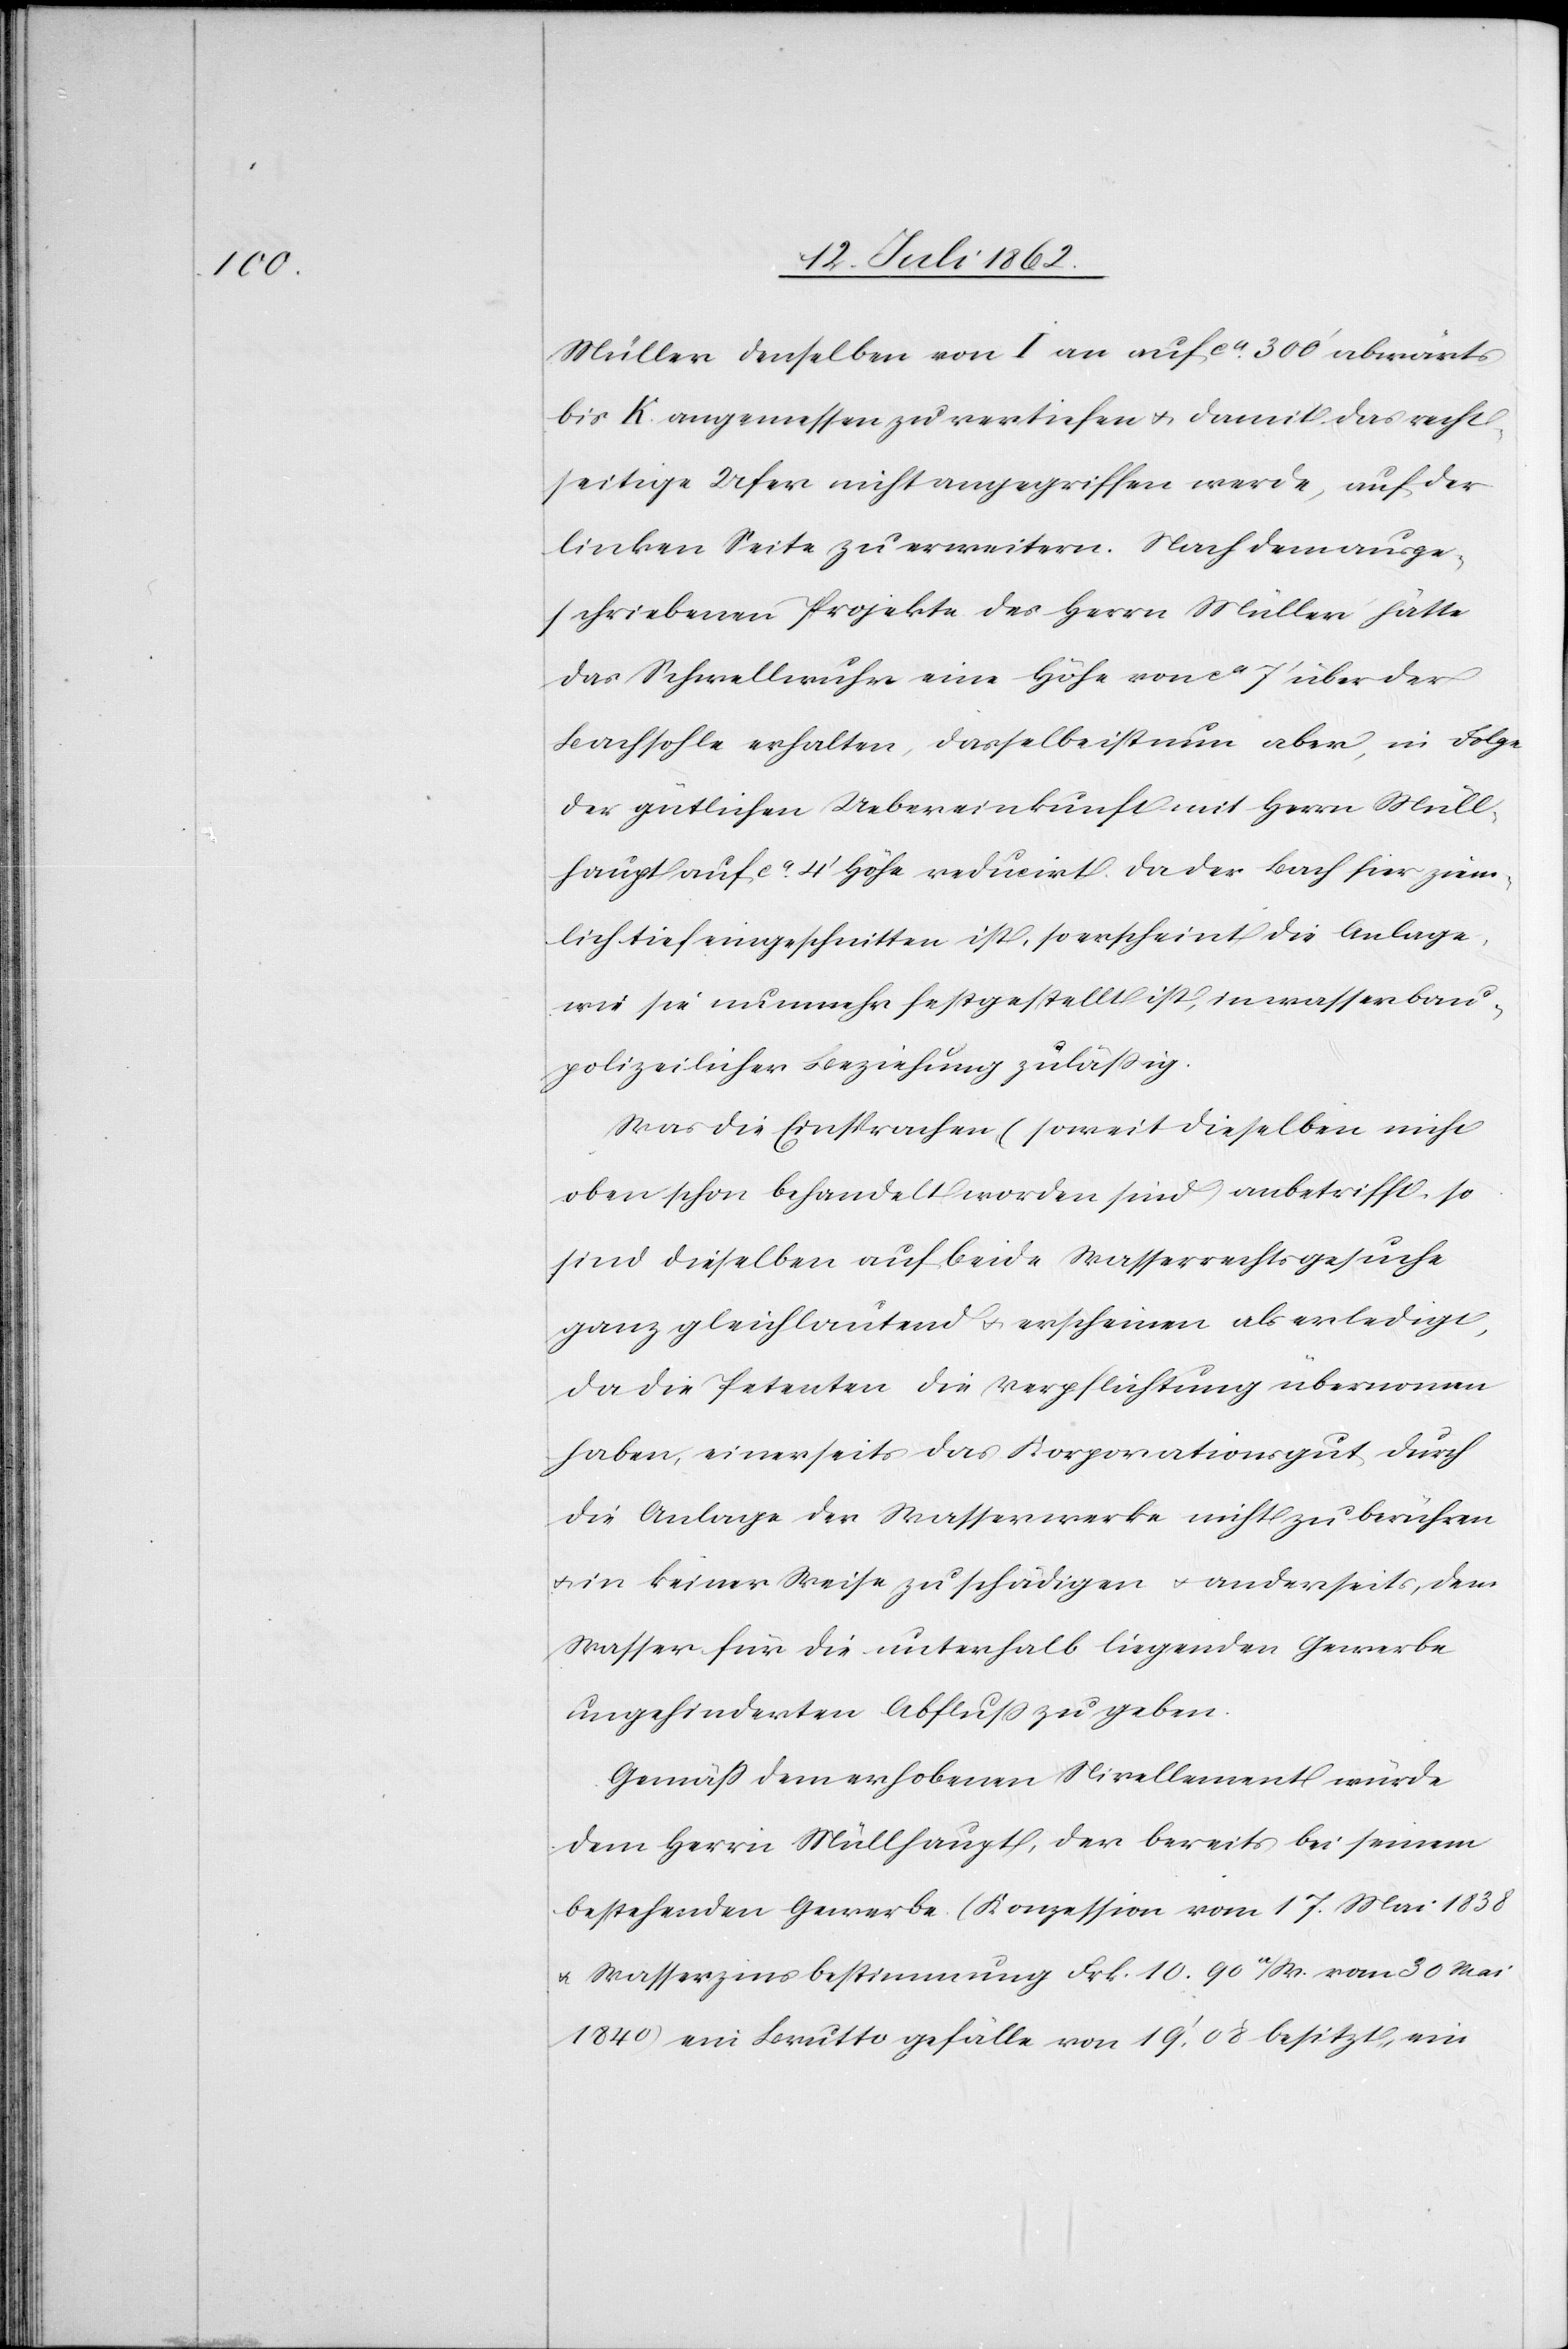
Müller denselben von I an auf ca 300’ abwärts
bis K angemessen zu vertiefen u. damit das recht¬
seitige Ufer nicht angegriffen werde, auf der
linken Seite zu erweitern. Nach dem ausge¬
schriebenen Projekte des Herrn Müller hätte
das Schwellwuhr eine Höhe von ca 7’ über der
Bachsohle erhalten, dasselbe ist nun aber, in Folge
der gütlichen Uebereinkunft mit Herrn Mülle¬
rhaupt auf ca 4’ Höhe reducirt. Da der Bach hier ziem¬
lich tief eingeschnitten ist, so erscheint die Anlage,
wie sie nunmehr festgestellt ist, in wasserbau¬
polizeilicher Beziehung zuläßig.
Was die Einsprachen (soweit dieselben nicht
oben schon behandelt worden sind, anbetrifft, so
sind dieselben auf beide Wasserrechtsgesuche
ganz gleichlautend u. erscheinen als erledigt,
da die Petenten die Verpflichtung übernommen
haben, einerseits das Korporationsgut durch
die Anlage der Wasserwerke nicht zu berühren
u. in keiner Weise zu schädigen u. anderseits, dem
Wasser für die unterhalb liegenden Gewerbe
ungehinderten Abfluß zu geben.
Gemäß dem erhobenen Nivellement würde
dem Herrn Müllhaupt, der bereits bei seinem
bestehenden Gewerbe (Konzession vom 17. Mai 1838
u. Wasserzinsbestimmung Frk. 10 90 a/W. vom 30. Mai
1840) ein Bruttogefälle von 19’,08 besitzt, ein